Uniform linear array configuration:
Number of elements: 16
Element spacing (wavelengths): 0.25
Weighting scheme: uniform
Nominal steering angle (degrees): -30
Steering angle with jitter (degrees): -30.34
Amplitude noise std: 0.05
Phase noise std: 0.05

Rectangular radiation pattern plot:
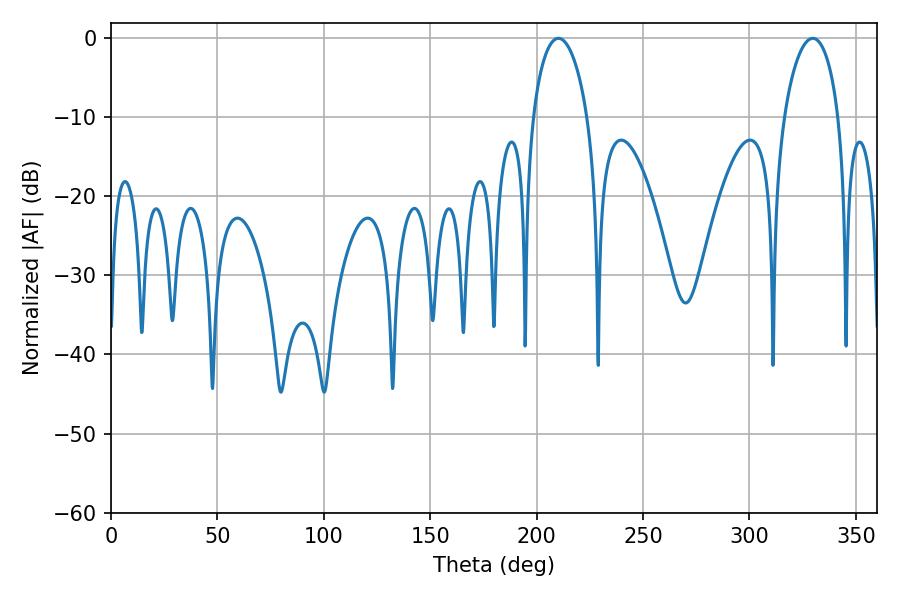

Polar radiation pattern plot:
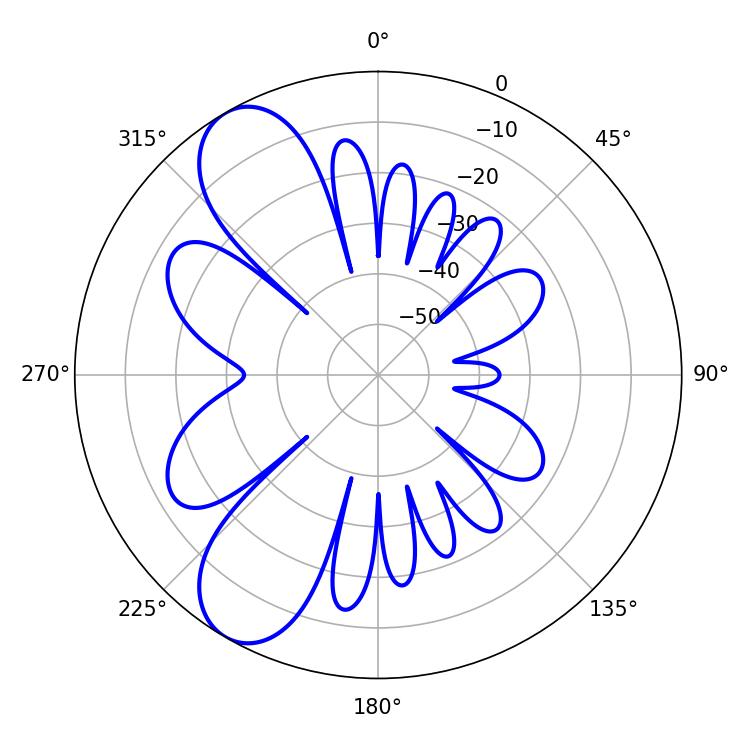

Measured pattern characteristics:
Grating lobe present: FALSE
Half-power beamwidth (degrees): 14.58
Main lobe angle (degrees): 210.24